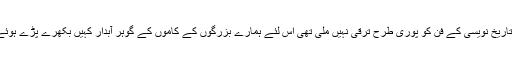
ہماری تاریخیں اس زمانے کی لکھی ہوئی ہیں جب تاریخ نویسی کے فن کو پوری طرح ترقی نہیں ملی تھی اس لئے ہمارے بزرگوں کے کاموں کے گوہر آبدار کہیں بکھرے پڑے ہوئے ہیں اور کہیں کوڑے کرکٹ میں رلے ملے ہیں‘‘ ۔